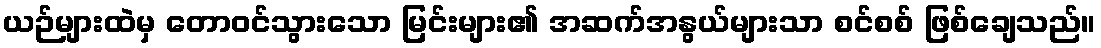
ယဉ်များထဲမှ တောဝင်သွားသော မြင်းများ၏ အဆက်အနွယ်များသာ စင်စစ် ဖြစ်ချေသည်။